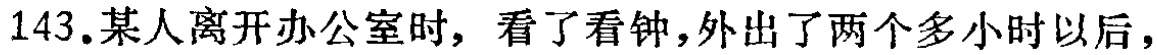
143.某人离开办公室时，看了看钟，外出了两个多小时以后，